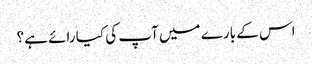
اس کے بارے میں آپ کی کیا رائے ہے؟